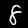
Digit: 8